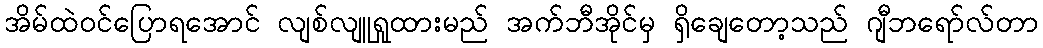
အိမ်ထဲဝင်ပြောရအောင် လျစ်လျူရှုထားမည် အက်ဘီအိုင်မှ ရှိချေတော့သည် ဂျီဘရော်လ်တာ